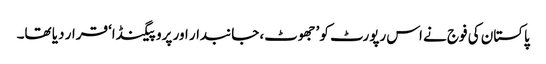
پاکستان کی فوج نے اس رپورٹ کو ’جھوٹ، جانبدار اور پروپیگنڈا‘ قرار دیا تھا۔